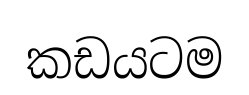
කඩයටම